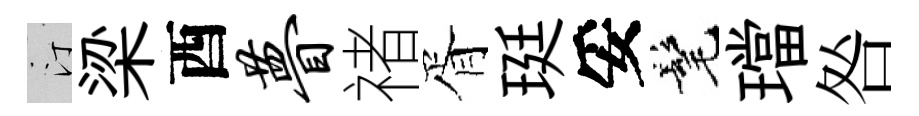
汀梁酉瞢禇胥珽妥髦璫咎